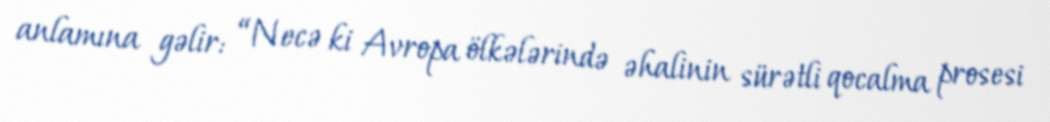
anlamına gəlir: “Necə ki Avropa ölkələrində əhalinin sürətli qocalma prosesi